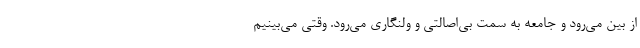
از بین می‌رود و جامعه به سمت بی‌اصالتی و ولنگاری می‌رود. وقتی می‌بینیم